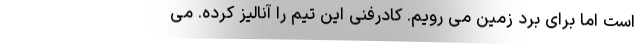
است اما برای برد زمین می رویم. کادرفنی این تیم را آنالیز کرده. می